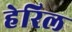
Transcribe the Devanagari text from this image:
हेरिल